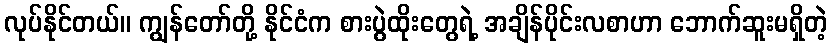
လုပ်နိုင်တယ်။ ကျွန်တော်တို့ နိုင်ငံက စားပွဲထိုးတွေရဲ့ အချိန်ပိုင်းလစာဟာ ဘောက်ဆူးမရှိတဲ့